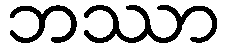
ဘဿာ